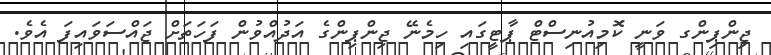
ޖިންޕިންގ ވަނީ ކޮމިއުނިސްޓް ޕާޓީގައި ހިމެނޭ ޖިންޕިންގެ އަދުއްވުން ފަހަތަށް ޖައްސަވައިފަ އެވެ.